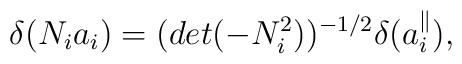
\delta(N_i a_i) = (det(-N^2_i))^{-1/2} \delta(a^{\parallel}_i),